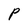
Character: P